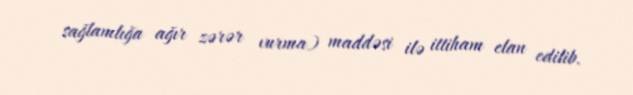
sağlamlığa ağır zərər vurma) maddəsi ilə ittiham elan edilib.